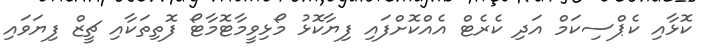
ކޮޅާއި ކެޕްސިކަމް އަދި ކެރެޓް އެއްކޮށްފައި ފިޔާކޮޅު މޯޅިވީމާޓޮމާޓޯ ފޮތިތަކާއި ޗީޒް ފިޔަވައި